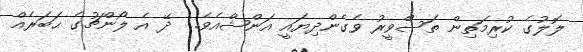
ލޮލުގެ ކުރިމަތިން ތަސްވީރު ވެގެންދިޔައީ އަންޝްއެވެ.  ދޭ އެ ލޯންޗުގެ ޙަބަރެއް